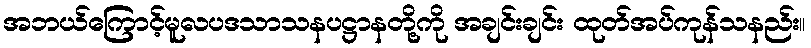
အဘယ်ကြောင့်မူလပဒသာသနပဋ္ဌာနတို့ကို အချင်းချင်း ထုတ်အပ်ကုန်သနည်း။